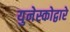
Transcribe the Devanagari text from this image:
युनेस्कोद्वारे